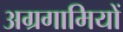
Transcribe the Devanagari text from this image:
अग्रगामियों